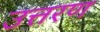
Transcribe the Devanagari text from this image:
उत्तरण